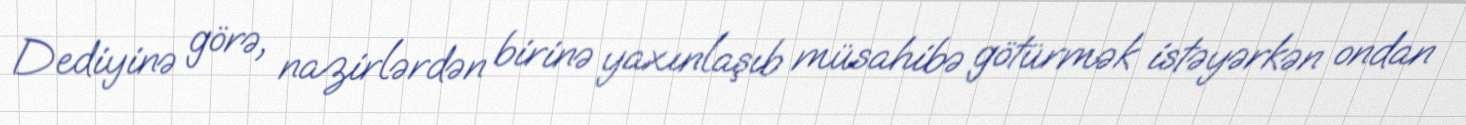
Dediyinə görə, nazirlərdən birinə yaxınlaşıb müsahibə götürmək istəyərkən ondan